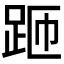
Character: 𲃚